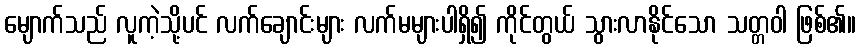
မျောက်သည် လူကဲ့သို့ပင် လက်ချောင်းများ လက်မများပါရှိ၍ ကိုင်တွယ် သွားလာနိုင်သော သတ္တဝါ ဖြစ်၏။